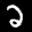
Label: 2